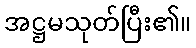
အဋ္ဌမသုတ်ပြီး၏။